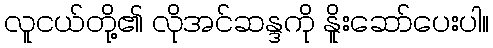
လူငယ်တို့၏ လိုအင်ဆန္ဒကို နိူးဆော်ပေးပါ။